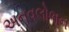
અનવલોભન